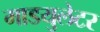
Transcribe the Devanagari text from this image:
माडयुलेटर